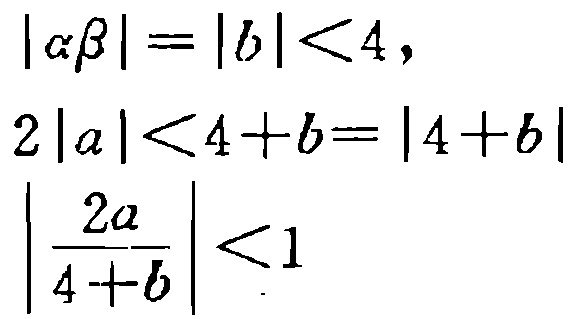
\[
\begin{align*}
|\alpha\beta|&=|b|<4,\\
2|a|&<4 + b=|4 + b|\\
\left|\frac{2a}{4 + b}\right|&<1
\end{align*}
\]